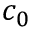
c _ { 0 }